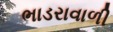
ભાડરાવાળી